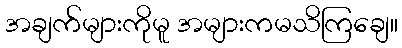
အချက်များကိုမူ အများကမသိကြချေ။